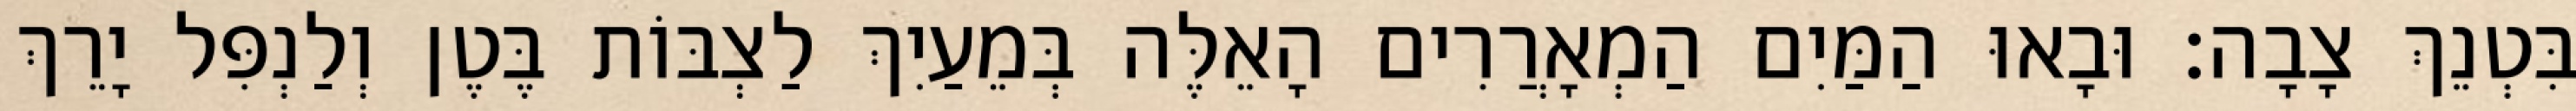
בִּטְנֵךְ צָבָה׃ וּבָאוּ הַמַּיִם הַמְאָרֲרִים הָאֵלֶּה בְּמֵעַיִךְ לַצְבּוֹת בֶּטֶן וְלַנְפִּל יָרֵךְ